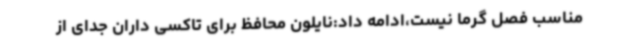
مناسب فصل گرما نیست،ادامه داد:نایلون محافظ برای تاکسی داران جدای از